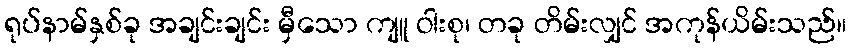
ရုပ်နာမ်နှစ်ခု အချင်းချင်း မှီသော ကျူ ဝါးစု၊ တခု တိမ်းလျှင် အကုန်ယိမ်းသည်။